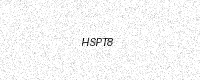
Text: HSPT8